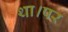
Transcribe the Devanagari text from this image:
था।पर